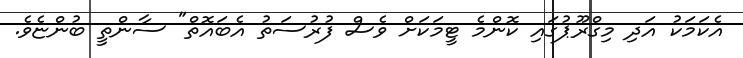
އެކަމަކު އަދި މިގްރޫޕުގައި ކޮންމެ ޓީމަކަށް ވެސް ފުރުސަތު އެބައޮތް" ސާންތީ ބުންޏެވެ.